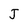
Character: J